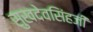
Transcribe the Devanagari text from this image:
सुखदेवसिंहजी